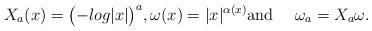
LaTeX: \begin{align*}X_a(x)=\bigl(-log|x|\bigl)^a, \omega(x)=|x|^{\alpha(x)} \textrm{and } \quad\omega_a=X_a \omega.\end{align*}